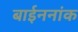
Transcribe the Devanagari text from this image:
बाईननांक